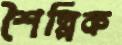
শৈল্পিক